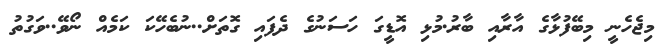
މިޖެހެނީ މިބޭފުޅާގެ އާރާއި ބާރު.މުޅި އޮޑީގަ ހަސަނުގެ ދެފައި ގޮތަށް..ނުބެހޭކަ ކަމެއް ނޯވޭ..ވަގުތު